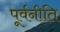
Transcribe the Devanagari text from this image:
पूर्वनीति